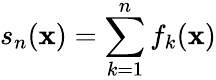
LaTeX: s_{n}(\mathbf{x})=\sum_{k=1}^{n}f_{k}(\mathbf{x})